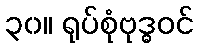
၃၀။ ရုပ်စုံဗုဒ္ဓဝင်